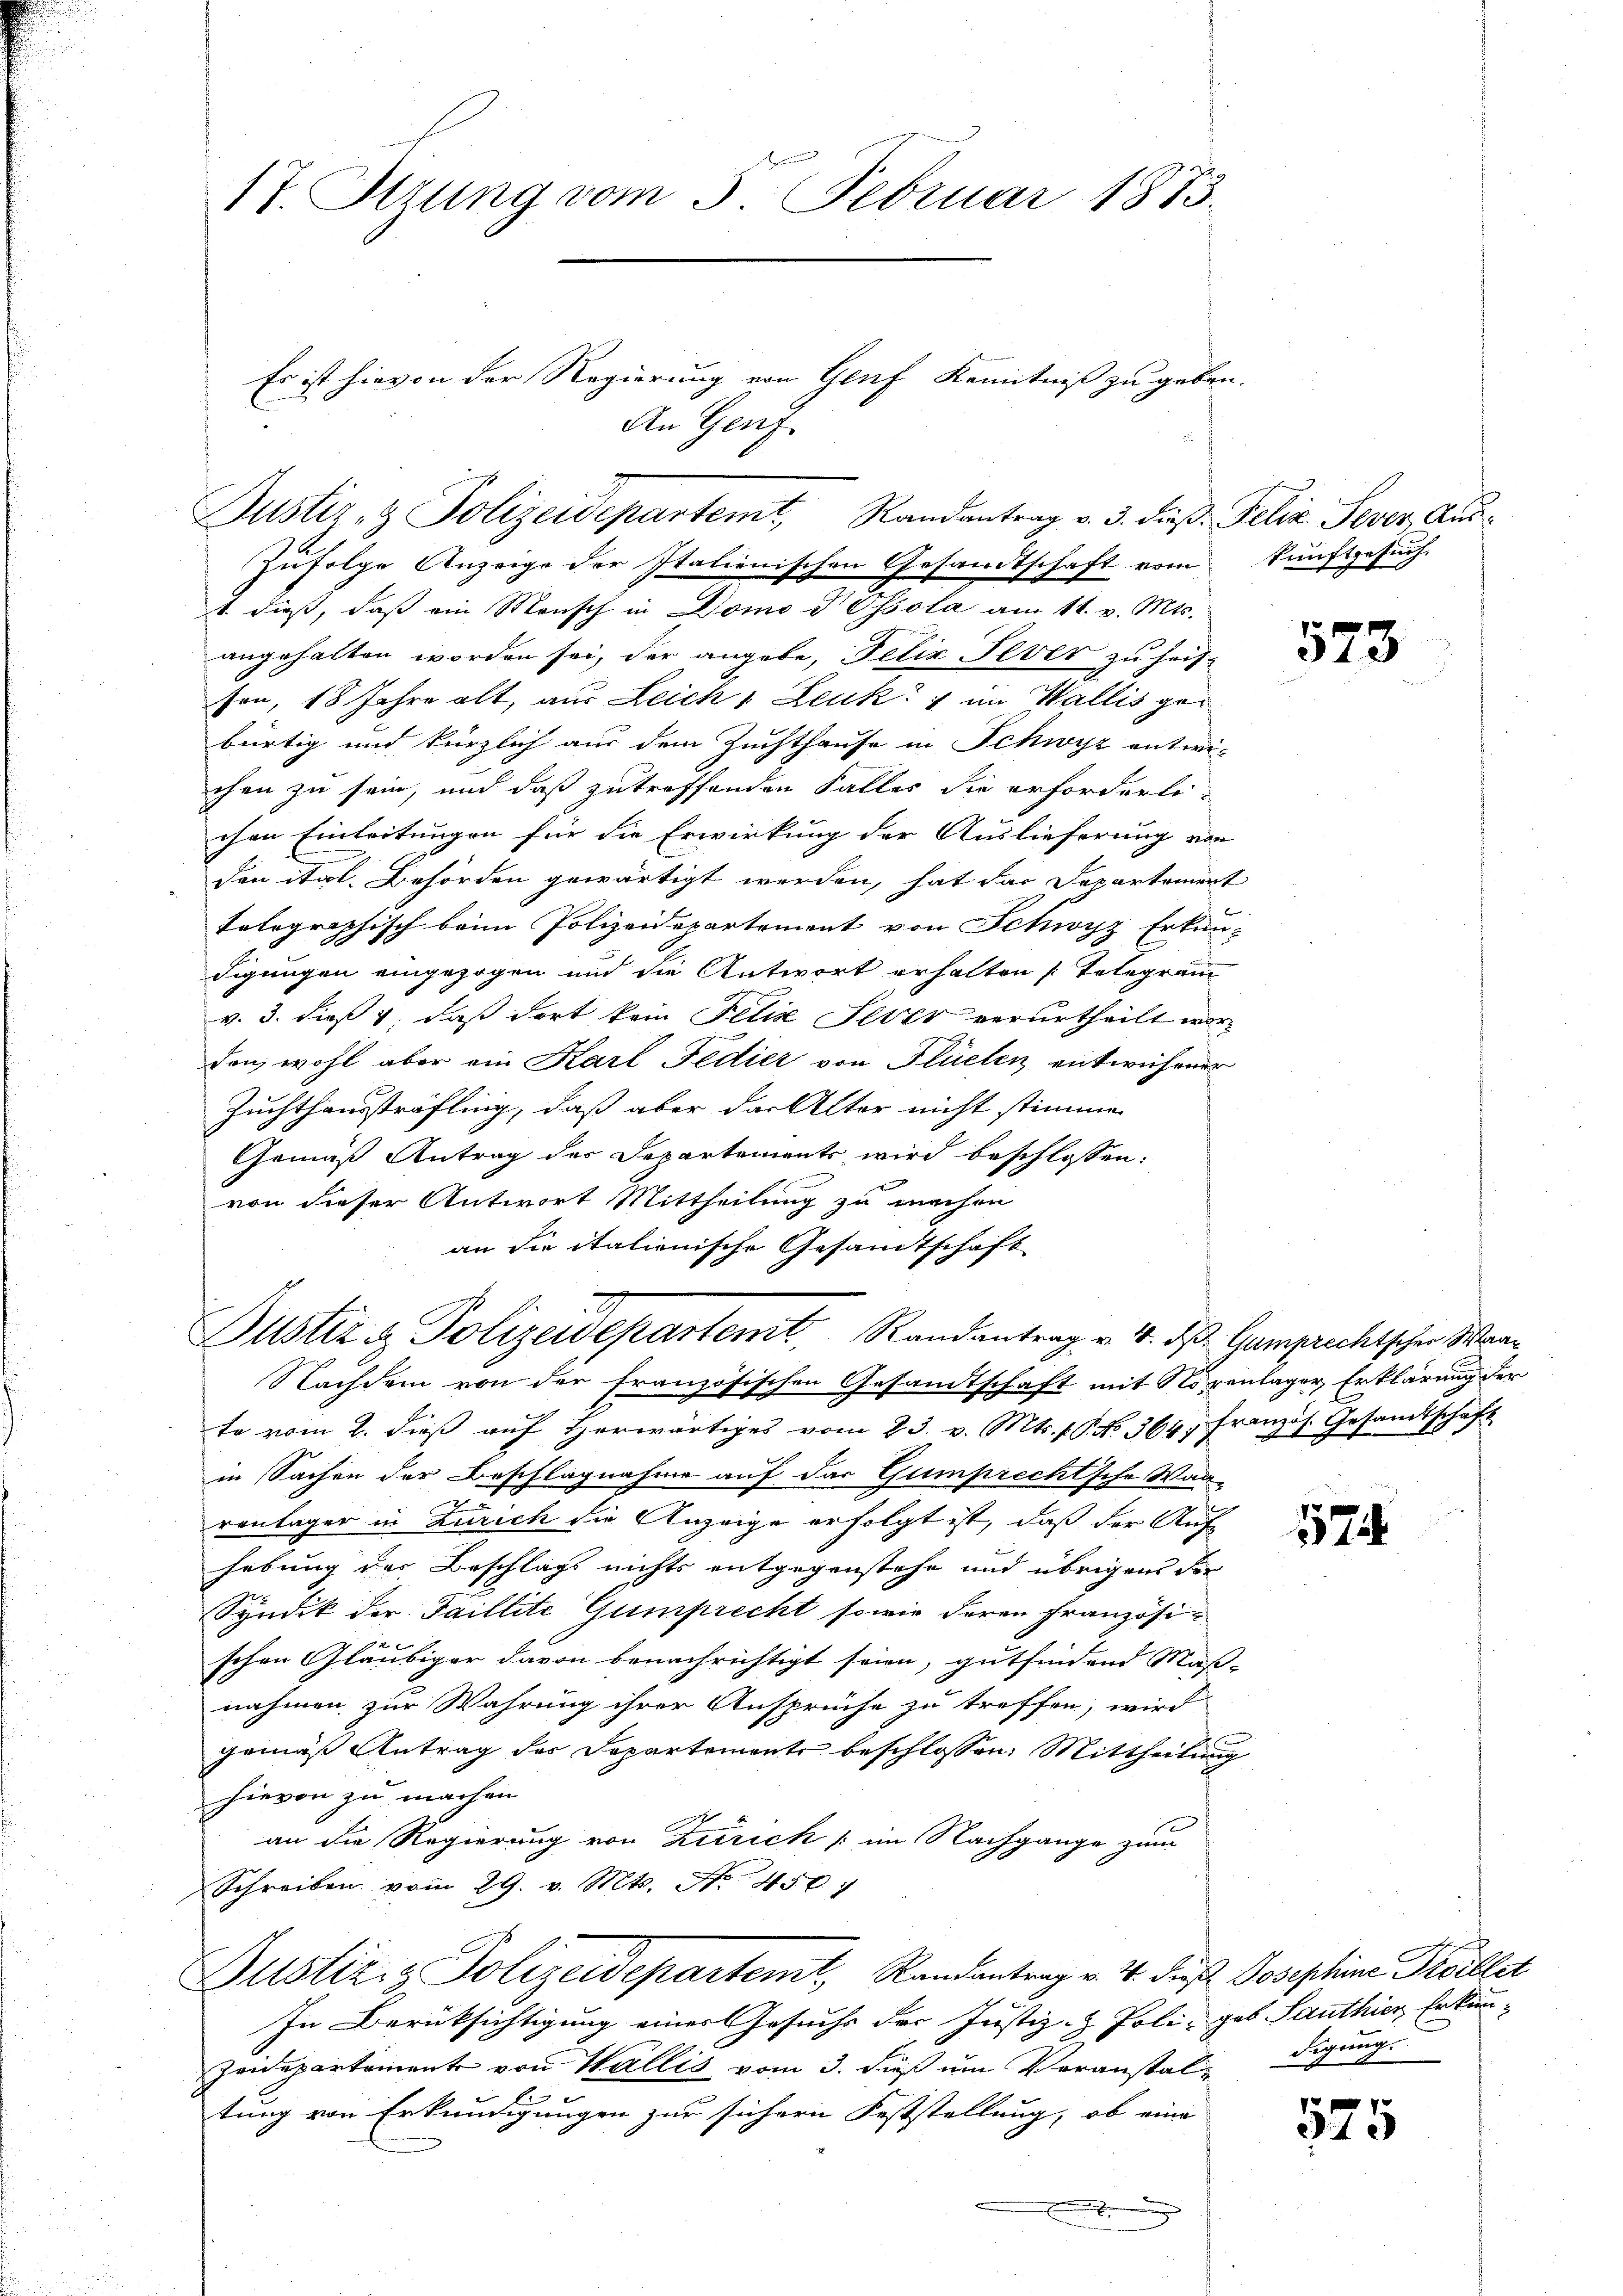
Zufolge Anzeige der Italienischen Gesandtschaft vom kunftgesuch.
1. dieß, daß ein Mensch in Domo V Ossola am 11. v. Mts.
angehalten worden sei, der angebe, Felix Sever zu heis
son, 18 Jahre alt, aus Leich 1. Leuk 4 im Wallis gebürtig und kürzlich aus dem Zuchthause in Schwyz entwichen zu sein, und daß zutreffenden Falles die erforderlichen Einleitungen für die Erwirkung der Auslieferung von
den ital. Behörden gewärtigt werden, hat das Departement
tolographisch beim Polizeidepartement von Schwyz Erkun-
digungen eingezogen und die Antwort erhalten Telegram
v. 3. dieß 1, daß dort kein Felix Feier verurtheilt wor
den, wohl aber ein Karl Fedier von Flüelen, entwichener
Zuchthaussträfling, daß aber das Alter nicht stimme
Gemäß Antrag der Departements wird beschlossen:
von dieser Antwort Mittheilung zu machen
an die italienische Gesandtschaft

17. Ottung vom 3. Februar 1873.

Es ist hievon der Regierung von Genf Kenntniß zu geben.
An Genf

Justiz- & Polizeidepartemt, Randantrag v. 3. dieß Felix Sever, Aus¬

Justiz & Polizeidepartemt, Randantrag v. 4. d. Gamprechtscher Waa¬

Nachdem von der französischen Gesandtschaft mit Novenlager Erklärung der
te vom 2. dieβ aŭf herwärtiges vom 23. v. Mts. 1. No. 364, Französ. Gesamtschaft
in Sachen der Beschlagnahme auf das Gumprechtsche Wanx
rontager in Zürich die Anzeige erfolgt ist, daß der Auf-
hebung der Beschlags nichts entgegenstehe und übrigen der
Syndik der Saillite Gumprecht sowie deren Französi-
schen Gläubiger davon benachrichtigt seien, gutfindend Mass- |
nahmen zur Wahrung ihrer Ansprüche zu treffen, wird
gemäß Antrag der Departements beschlossen: Mittheilung
hievon zu machen.
an die Regierung von Zürich im Nachgange zum
Schreiben vom 29. v. Mts. No. 450. 7
Justizig. Polizeidepartemt, Randantrag v. 4. dieß Josephine Freillet
In Berücksichtigung einer Gesuchs der Justiz- & Poli- geb Sauthier Erkun¬
Zeidepartement von Wallis vom 3. dieß um Veranstaltung von Erkundigungen zur sichern Feststellung, ob eine
.
e
.

573

1524

525

digung.